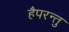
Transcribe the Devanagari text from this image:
हैपरन्तु